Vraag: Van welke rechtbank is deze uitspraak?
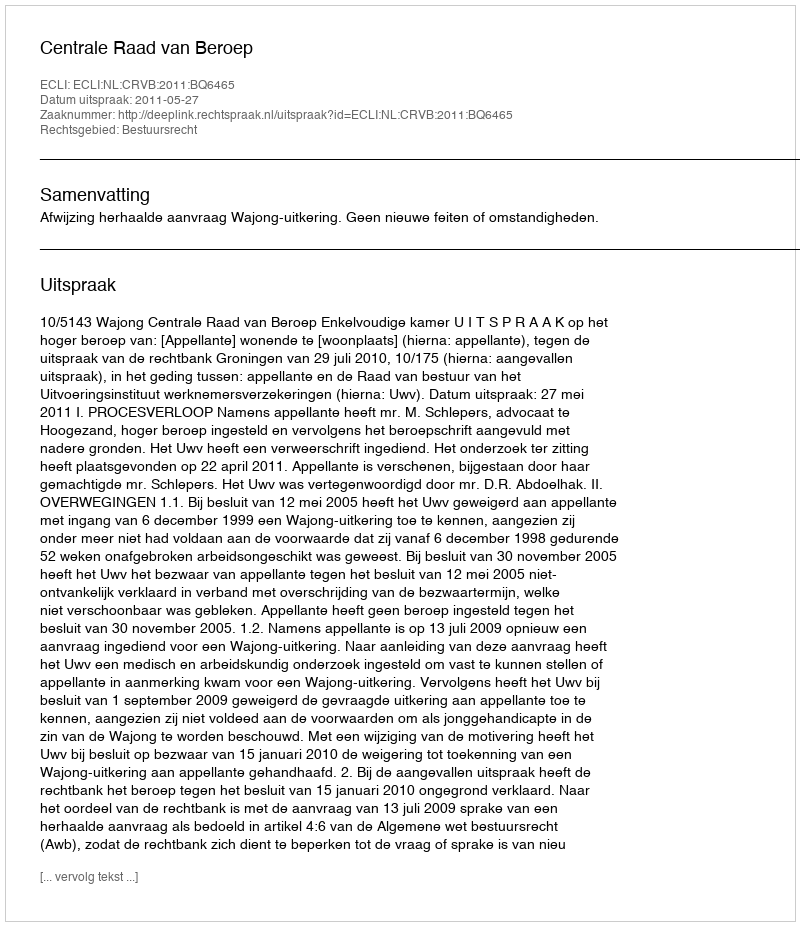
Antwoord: Centrale Raad van Beroep